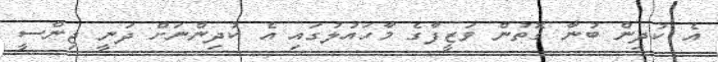
އެ ކުދިން ބުނާ ގޮތުން ވަޒީފާގެ މާހައުލުގައި އެ ކުދިންނަށް ދަނީ ޖިންސީ